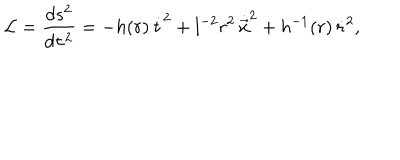
{ \cal L } = \frac { d s ^ { 2 } } { d \tau ^ { 2 } } = - h ( r ) \, \dot { t } ^ { 2 } + l ^ { - 2 } r ^ { 2 } \, \dot { \vec { x } } ^ { 2 } + h ^ { - 1 } ( r ) \, \dot { r } ^ { 2 } ,